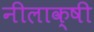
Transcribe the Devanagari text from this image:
नीलाक्षी